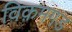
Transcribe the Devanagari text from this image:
विक़मगड